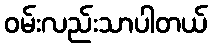
ဝမ်းလည်းသာပါတယ်